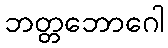
ဘတ္တဘောဂေါ